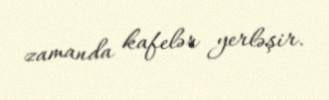
zamanda kafelər yerləşir.